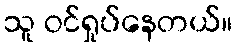
သူ ဝင်ရှုပ်နေတယ်။